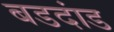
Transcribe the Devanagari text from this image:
बडदांड